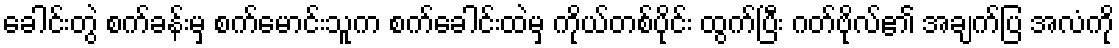
ခေါင်းတွဲ စက်ခန်းမှ စက်မောင်းသူက စက်ခေါင်းထဲမှ ကိုယ်တစ်ပိုင်း ထွက်ပြီး ဂတ်ဗိုလ်၏ အချက်ပြ အလံကို